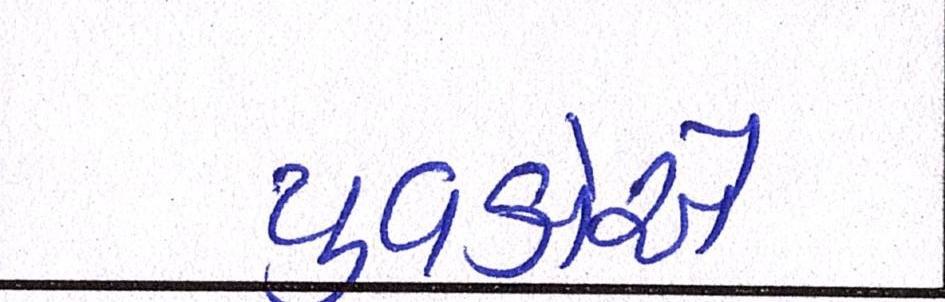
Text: યુવકોએ